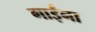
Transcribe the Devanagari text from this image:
गाईंना